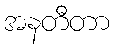
အနတီတာ